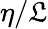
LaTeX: \eta/\mathfrak{L}